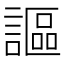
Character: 謳